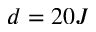
d = 2 0 J